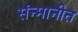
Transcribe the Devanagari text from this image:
संन्मानीत